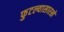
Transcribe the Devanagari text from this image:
फुटल्यासारखे